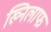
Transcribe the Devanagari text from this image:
ख्निलाफ